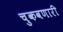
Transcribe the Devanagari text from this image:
चुकवणारी